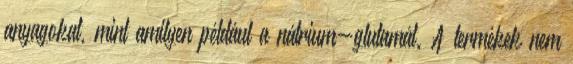
anyagokat, mint amilyen például a nátrium-glutamát. A termékek nem